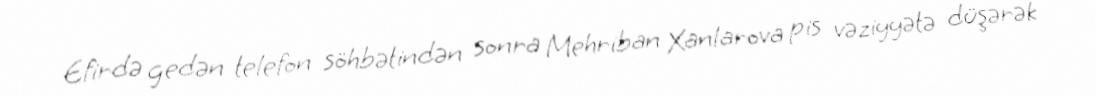
Efirdə gedən telefon söhbətindən sonra Mehriban Xanlarova pis vəziyyətə düşərək